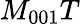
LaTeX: M_{001}T